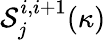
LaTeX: \mathcal{S}_{j}^{i,i+1}(\kappa)